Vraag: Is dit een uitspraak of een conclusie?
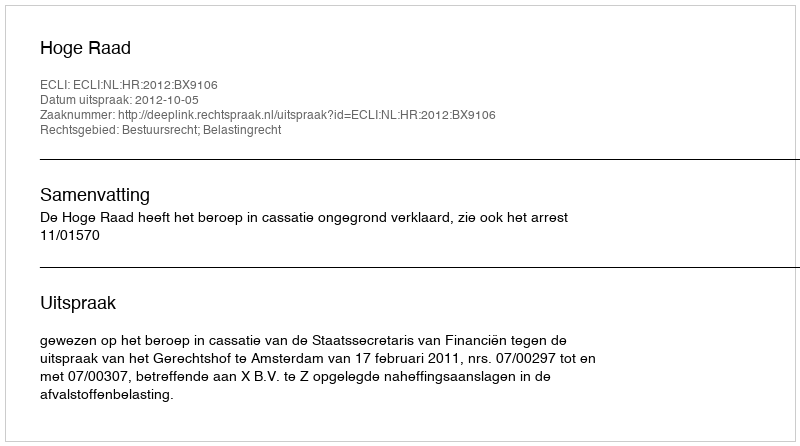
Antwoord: Uitspraak